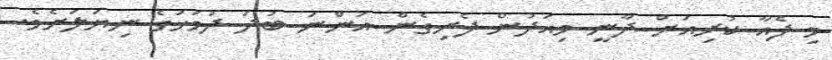
މި ފެއާ ކުރިއަށް ދާނީ މިއަދުން ފެށިގެން އަންނަ ބުދަަ ދުވަހުގެ ނިޔަލަށެވެ.